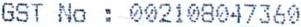
GST NO : 002108047360